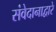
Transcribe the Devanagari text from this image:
संवेदानाद्वारे